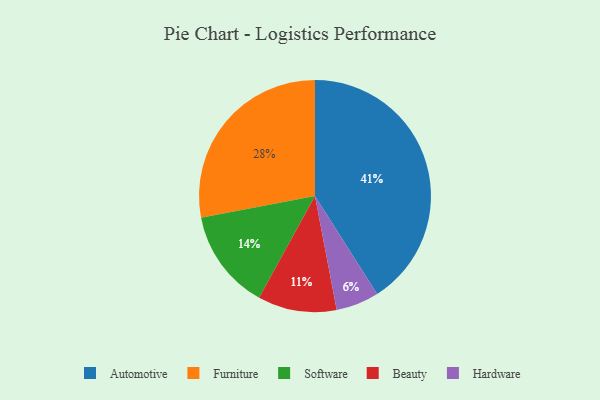
{"axis": {"x": "Category", "y": "Percentage"}, "legend": ["Automotive", "Beauty", "Furniture", "Hardware", "Software"], "data": [{"x": "Automotive", "y": 41, "type": "Automotive"}, {"x": "Beauty", "y": 11, "type": "Beauty"}, {"x": "Hardware", "y": 6, "type": "Hardware"}, {"x": "Software", "y": 14, "type": "Software"}, {"x": "Furniture", "y": 28, "type": "Furniture"}]}